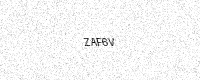
Text: ZAF6V